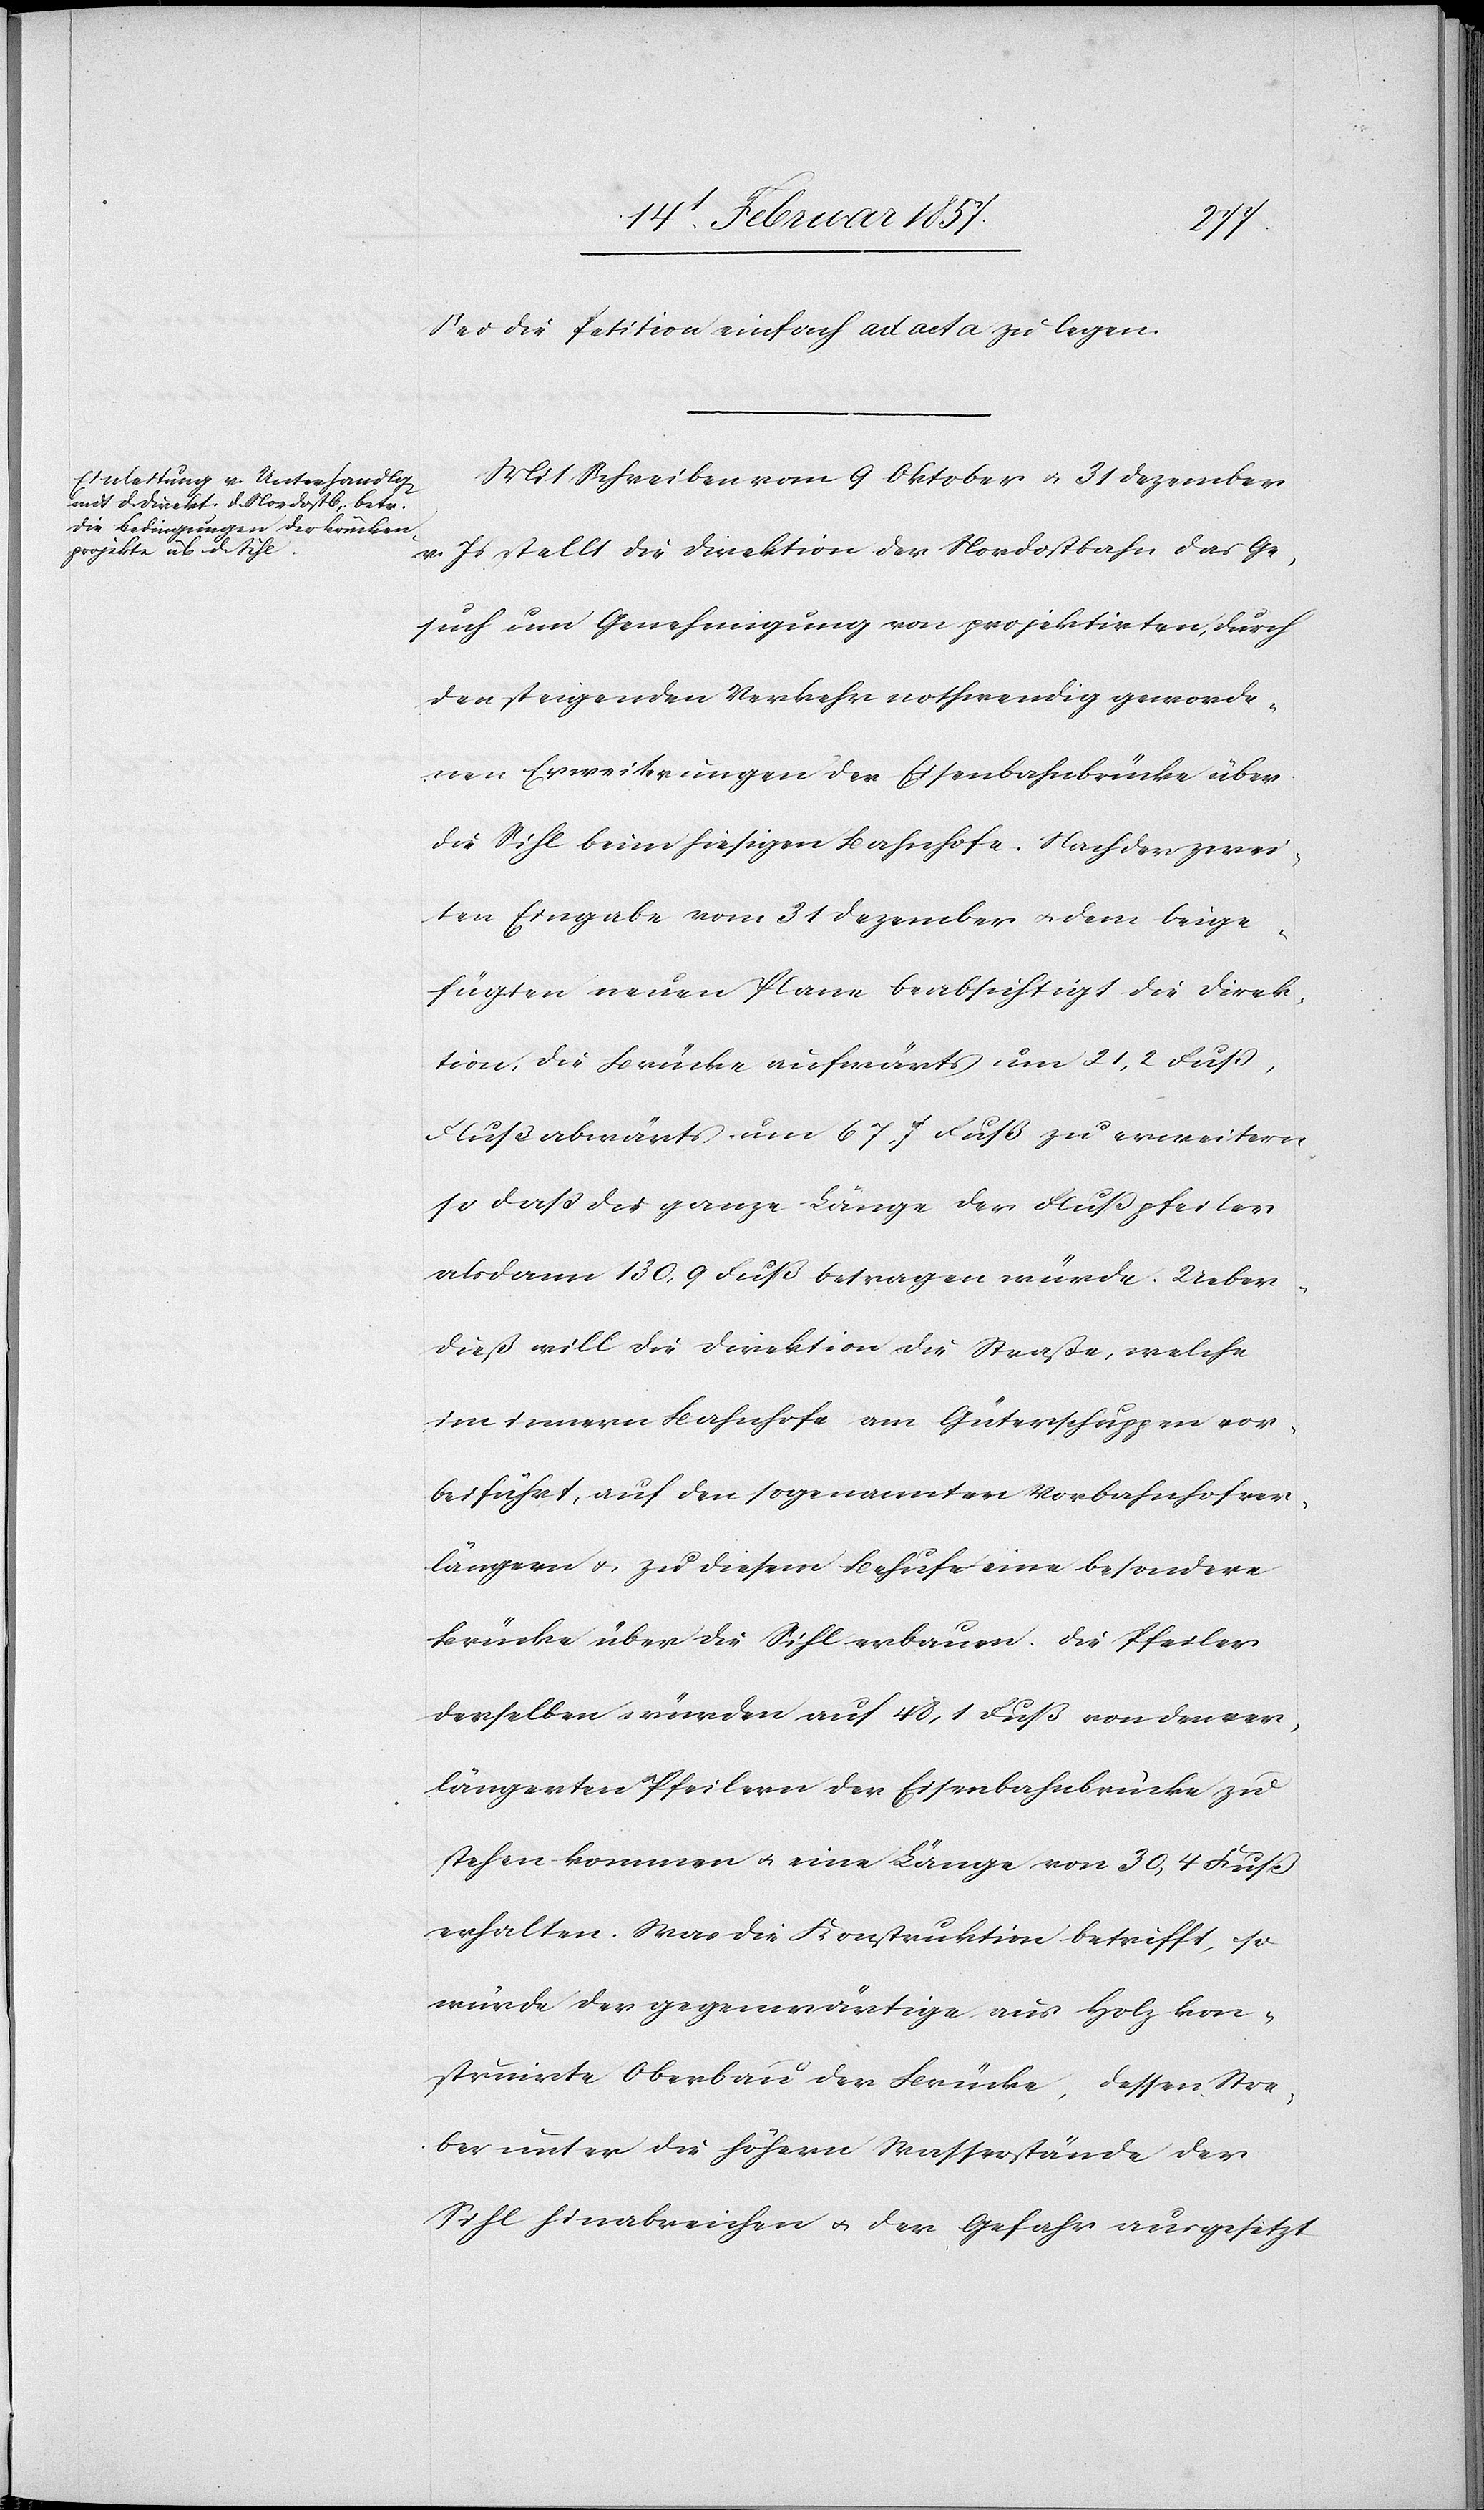
Sei die Petition einfach ad acta zu legen.
Mit Schreiben vom 9 Oktober u. 31 Dezember
v. Js stellt die Direktion der Nordostbahn das Ge¬
such um Genehmigung von projektirten, durch
den steigenden Verkehr nothwendig geworde¬
nen Erweiterungen der Eisenbahnbrücke über
die Sihl beim hiesigen Bahnhofe. Nach der zwei¬
ten Eingabe vom 31 Dezember u. dem beige¬
fügten neuen Plane beabsichtigt die Direk¬
tion, die Brücke aufwärts um 21,2 Fuß,
Flußabwärts um 67,7 Fuß zu erweitern,
so daß die ganze Länge der Flußpfeiler
alsdann 130,9 Fuß betragen würde. Ueber¬
dieß will die Direktion die Straße, welche
im innern Bahnhofe am Güterschuppen vor¬
beiführt, auf den sogenannten Vorbahnhof ver¬
längern u. zu diesem Behufe eine besondere
Brücke über die Sihl erbauen. Die Pfeiler
derselben würden auf 48,1 Fuß von den ver¬
längerten Pfeilern der Eisenbahnbrücke zu
stehen kommen u. eine Länge von 30,4 Fuß
erhalten. Was die Konstruktion betrifft, so
würde der gegenwärtige aus Holz kon¬
struirte Oberbau der Brücke, dessen Stre¬
ber unter die höhern Wasserstände der
Sihl hinabreichen u. der Gefahr ausgesetzt